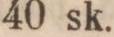
40 sk.